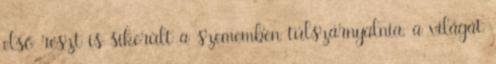
első részt is sikerült a szememben túlszárnyalnia, a világát